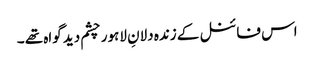
اس فائنل کے زندہ دلانِ لاہور چشم دید گواہ تھے ۔